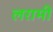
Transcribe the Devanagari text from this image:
लरामी